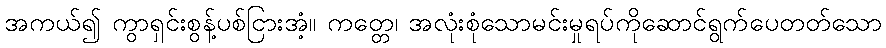
အကယ်၍ ကွာရှင်းစွန့်ပစ်ငြားအံ့။ ကတ္တေ၊ အလုံးစုံသောမင်းမှုရပ်ကိုဆောင်ရွက်ပေတတ်သော